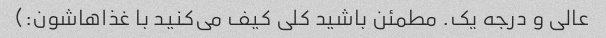
عالی و درجه یک. مطمئن باشید کلی کیف می‌کنید با غذاهاشون:)